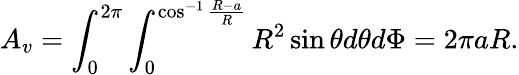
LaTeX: A_{v}=\int_{0}^{2\pi}\int_{0}^{\cos^{-1}{\frac{R-a}{R}}}R^{2}\sin{\theta}d\theta d\Phi=2\pi aR.